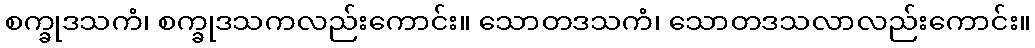
စက္ခုဒသကံ၊ စက္ခုဒသကလည်းကောင်း။ သောတဒသကံ၊ သောတဒသလာလည်းကောင်း။